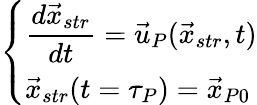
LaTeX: \left\{ \begin{array}{ll}{\displaystyle{\frac{d{\vec{x}}_{str}}{dt}}={\vec{u}}_{P}({\vec{x}}_{str},t)}\\ {{\vec{x}}_{str}(t=\tau_{P})={\vec{x}}_{P0}}\end{array}\right.